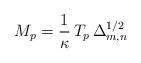
LaTeX: \begin{align*}M_p = \frac{1}{\kappa}\,T_p\,\Delta_{m,n}^{1/2}\end{align*}